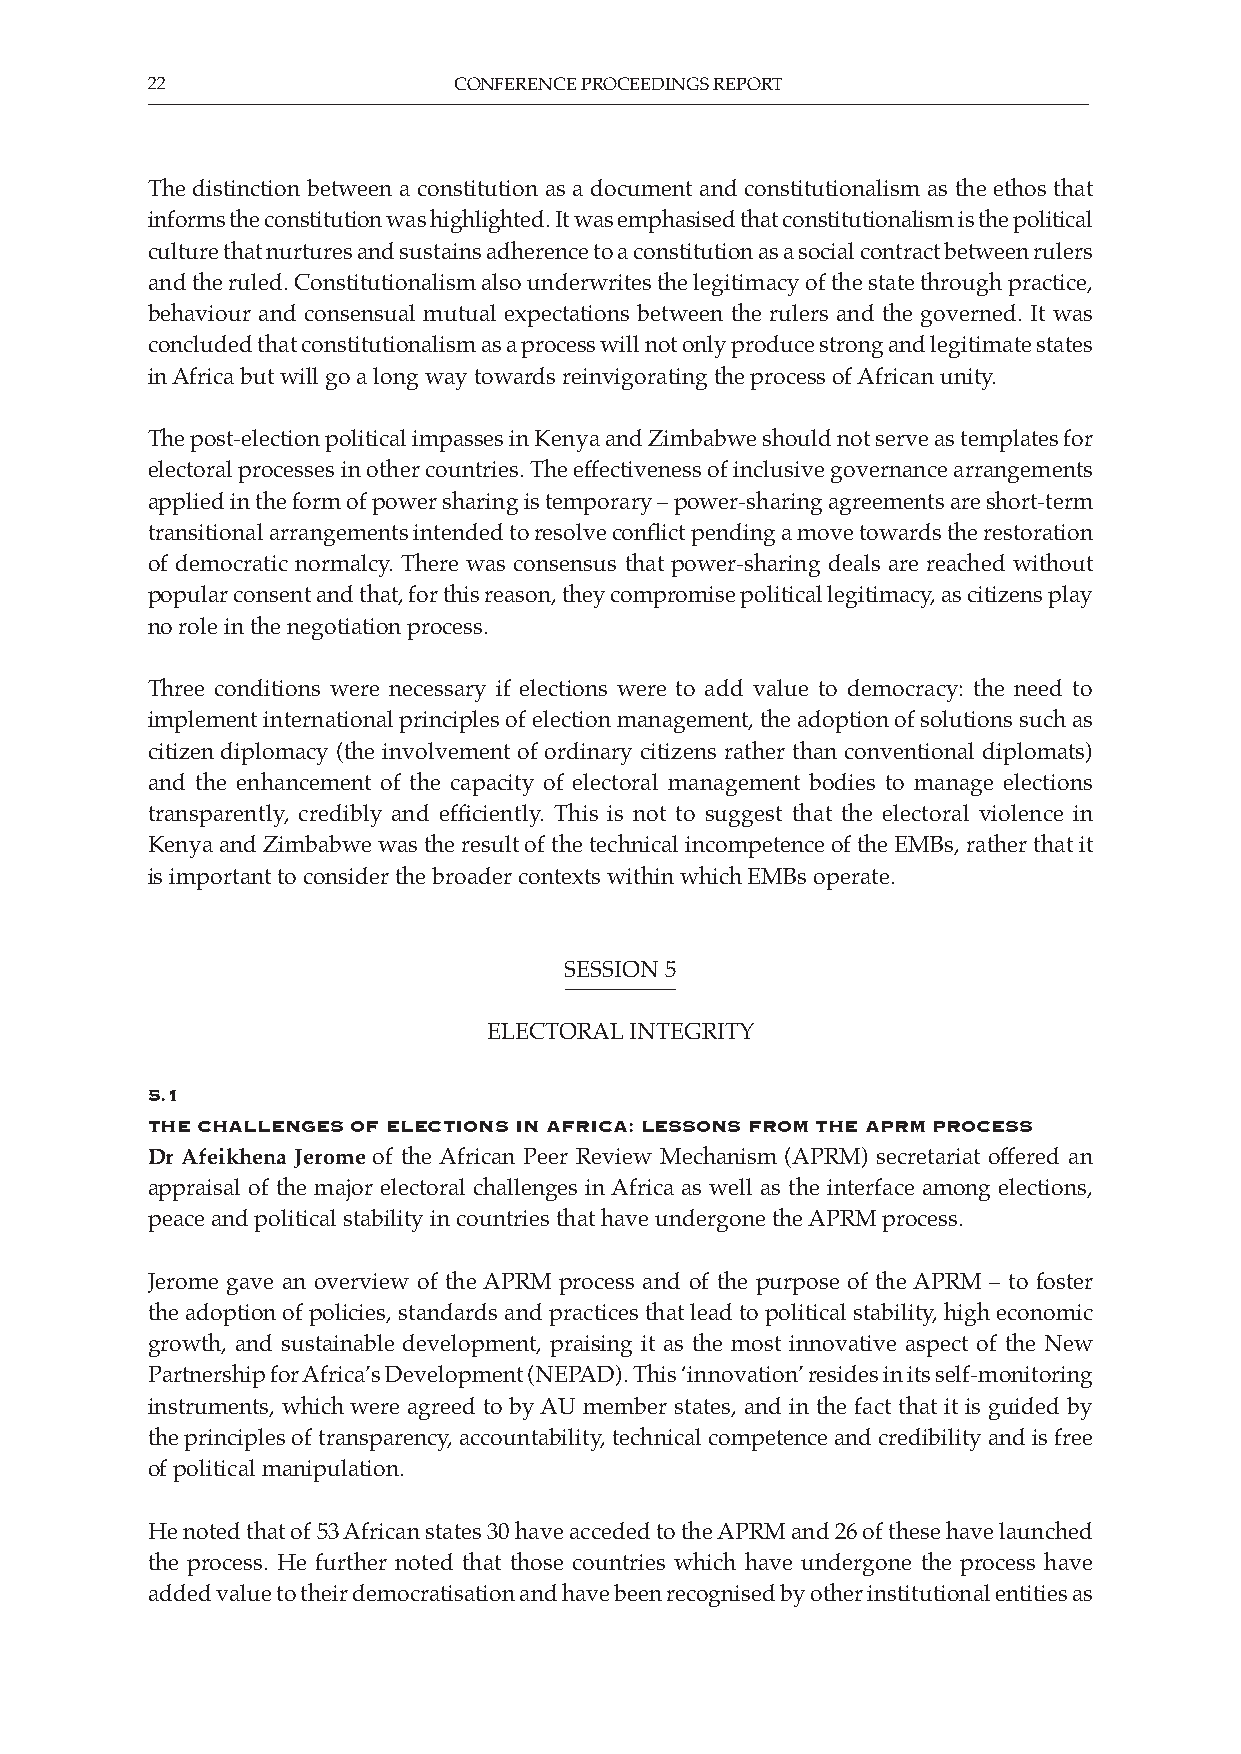
22                  CONFERENCE PROCEEDINGS REPORT
 The distinction between a constitution as a document and constitutionalism as the ethos that
 informs the constitution was highlighted. It was emphasised that constitutionalism is the political
 culture that nurtures and sustains adherence to a constitution as a social contract between rulers
 and the ruled. Constitutionalism also underwrites the legitimacy of the state through practice,
 behaviour and consensual mutual expectations between the rulers and the governed. It was
 concluded that constitutionalism as a process will not only produce strong and legitimate states
 in Africa but will go a long way towards reinvigorating the process of African unity.
 The post-election political impasses in Kenya and Zimbabwe should not serve as templates for
 electoral processes in other countries. The effectiveness of inclusive governance arrangements
 applied in the form of power sharing is temporary – power-sharing agreements are short-term
 transitional arrangements intended to resolve conflict pending a move towards the restoration
 of democratic normalcy. There was consensus that power-sharing deals are reached without
 popular consent and that, for this reason, they compromise political legitimacy, as citizens play
 no role in the negotiation process.
 Three conditions were necessary if elections were to add value to democracy: the need to
 implement international principles of election management, the adoption of solutions such as
 citizen diplomacy (the involvement of ordinary citizens rather than conventional diplomats)
 and the enhancement of the capacity of electoral management bodies to manage elections
 transparently, credibly and efficiently. This is not to suggest that the electoral violence in
 Kenya and Zimbabwe was the result of the technical incompetence of the EMBs, rather that it
 is important to consider the broader contexts within which EMBs operate.
 SESSION 5
 ELECTORAL INTEGRITY
 5.1
 the ChallenGes of eleCtions in afriCa: lessons from the aprm proCess
 Dr Afeikhena Jerome of the African Peer Review Mechanism (APRM) secretariat offered an
 appraisal of the major electoral challenges in Africa as well as the interface among elections,
 peace and political stability in countries that have undergone the APRM process.
 Jerome gave an overview of the APRM process and of the purpose of the APRM – to foster
 the adoption of policies, standards and practices that lead to political stability, high economic
 growth, and sustainable development, praising it as the most innovative aspect of the New
 Partnership for Africa’s Development (NEPAD). This ‘innovation’ resides in its self-monitoring
 instruments, which were agreed to by AU member states, and in the fact that it is guided by
 the principles of transparency, accountability, technical competence and credibility and is free
 of political manipulation.
 He noted that of 53 African states 30 have acceded to the APRM and 26 of these have launched
 the process. He further noted that those countries which have undergone the process have
 added value to their democratisation and have been recognised by other institutional entities as